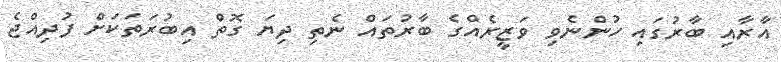
އާރާއި ބާރުގައި ހުންނެވި ވަޒީރެއްގެ ބާރުތައް ނެތި ދިޔަ ގޮތް އިބުރަތަކަށް ފުދިއްޖެ